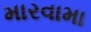
મારવામા